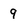
Character: 9